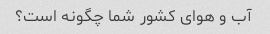
آب و هوای کشور شما چگونه است؟